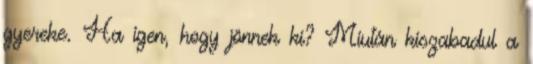
gyereke. Ha igen, hogy jönnek ki? Miután kiszabadul a